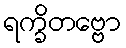
ရက္ခိတဗ္ဗော